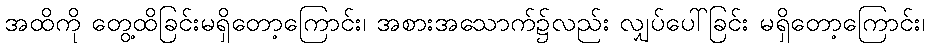
အထိကို တွေ့ထိခြင်းမရှိတော့ကြောင်း၊ အစားအသောက်၌လည်း လျှပ်ပေါ်ခြင်း မရှိတော့ကြောင်း၊